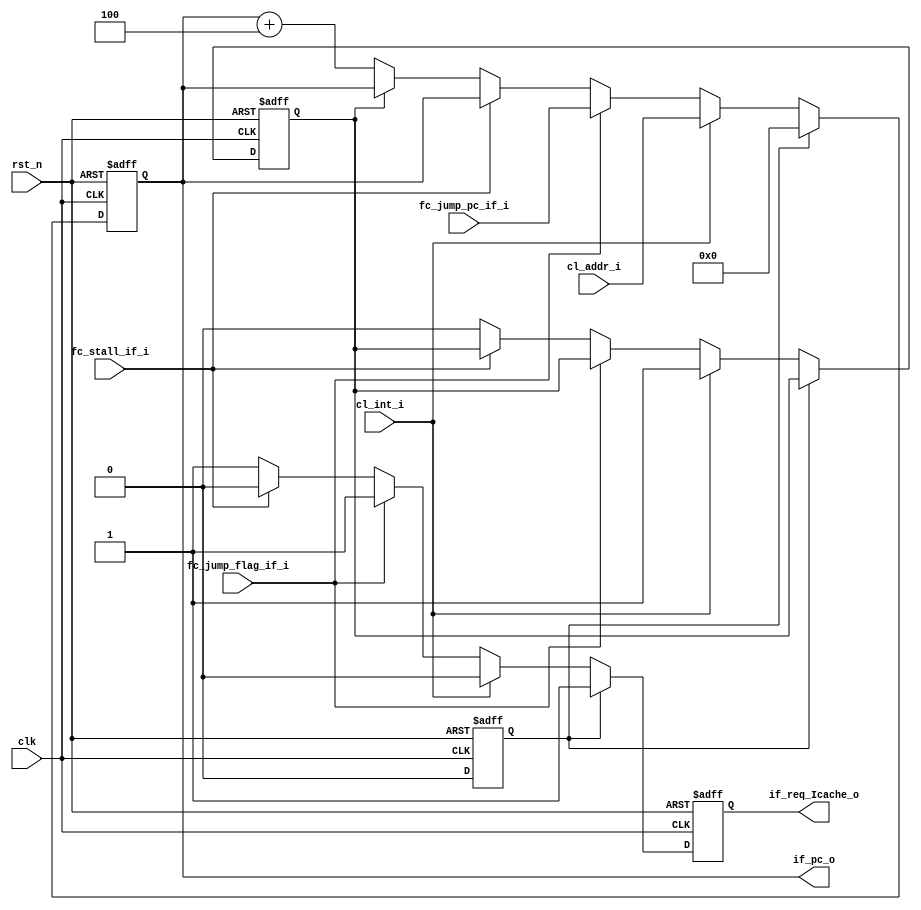
module IF(
    input                       clk,
    input                       rst_n,

    //from fc
    input   wire                fc_stall_if_i,  //

    input   wire                fc_jump_flag_if_i, //
    input   wire        [31:0]  fc_jump_pc_if_i,
    
    //from clint
    input   wire                cl_int_i,
    input   wire        [31:0]  cl_addr_i,
    
    //to Icache, if_id_reg
    output  reg         [31:0]  if_pc_o,

    //to Icache
    output  reg                 if_req_Icache_o
);


reg start_flag; //need a start state
reg int;

always@(posedge clk or negedge rst_n)begin

        if(rst_n == 1'b0)begin      //start state
            if_pc_o <= 32'h0;
            if_req_Icache_o <= 1'b0;
            start_flag <= 1'b1;
            int <= 1'b0;
        end
        else if(start_flag == 1'b1)begin
            if_pc_o <= 32'h0;
            if_req_Icache_o <= 1'b1;
            start_flag <= 1'b0;
        end
        else if(cl_int_i == 1'b1)begin
            int <= 1'b1;
            if_pc_o <= cl_addr_i;
            if_req_Icache_o <= 1'b0;
            start_flag <= 1'b0;
        end
        else if(fc_jump_flag_if_i == 1'b1)begin  //priority of jump is higher than stall
            if_pc_o <= fc_jump_pc_if_i;             //when present inst need to stall
            if_req_Icache_o <= 1'b1;                //but last inst is a jump
            start_flag <= 1'b0;                     //present inst don't need to excute
        end

        else if(fc_stall_if_i == 1'b1)begin
            if_pc_o <= if_pc_o;      
            if_req_Icache_o <= 1'b0; 
            start_flag <= 1'b0;
        end
        
        else begin
            int <= 1'b0;
            if(int)
                if_pc_o <= if_pc_o;
            else 
                if_pc_o <= if_pc_o + 32'd4;
            if_req_Icache_o <= 1'b1;
            start_flag <= 1'b0;
        end
end












endmodule